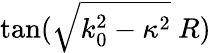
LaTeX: \tan(\sqrt{k_{0}^{2}-\kappa^{2}}\ R)